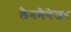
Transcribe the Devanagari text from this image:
लैनमैनेजर